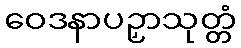
ဝေဒနာပဉှာသုတ္တံ